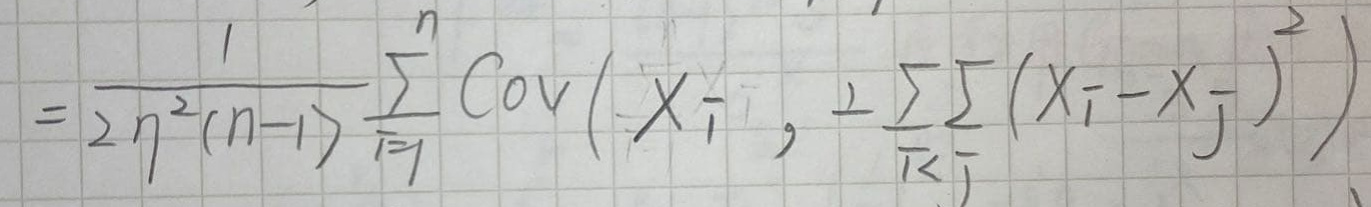
\[=\frac{1}{2n^{2}(n - 1)}\sum_{i = 1}^{n}\text{Cov}\left(X_{i},\frac{1}{2}\sum_{i<j}\sum(X_{i}-X_{j})^{2}\right)\]